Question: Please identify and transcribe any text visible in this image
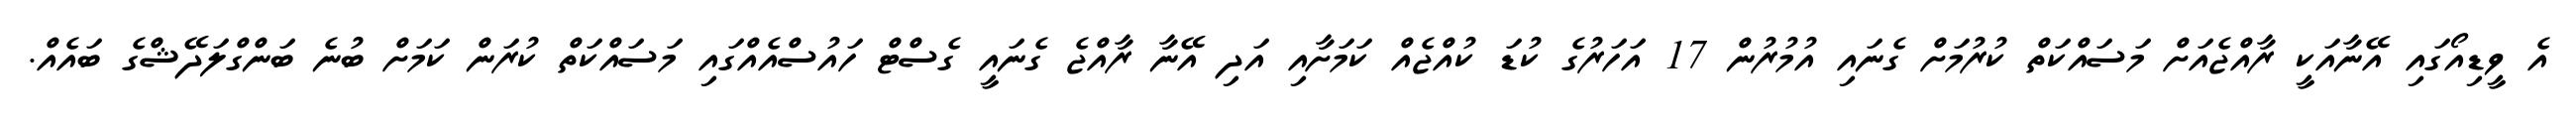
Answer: އެ ވީޑިއޯގައި އޭނާއަކީ ރާއްޖެއަށް މަސައްކަތް ކުރުމަށް ގެނައި އުމުރުން 17 އަހަރުގެ ކުޑަ ކުއްޖެއް ކަމަށާއި އަދި އޭނާ ރާއްޖެ ގެނައީ ގެސްޓް ހައުސްއެއްގައި މަސައްކަތް ކުރަން ކަމަށް ބުނެ ބަންގްލަދޭޝްގެ ބައެއް.